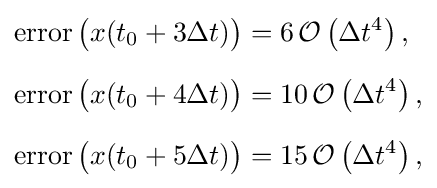
{\begin{aligned}\operatorname {error} {\bigl (}x(t_{0}+3\Delta t){\bigl )}&=6\,{\mathcal {O}}\left(\Delta t^{4}\right),\\[6px]\operatorname {error} {\bigl (}x(t_{0}+4\Delta t){\bigl )}&=10\,{\mathcal {O}}\left(\Delta t^{4}\right),\\[6px]\operatorname {error} {\bigl (}x(t_{0}+5\Delta t){\bigl )}&=15\,{\mathcal {O}}\left(\Delta t^{4}\right),\end{aligned}}